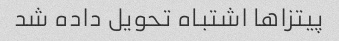
پیتزاها اشتباه تحویل داده شد